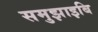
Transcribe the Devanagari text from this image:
समुझाइबि